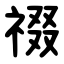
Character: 䄌